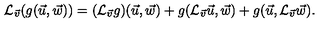
{ \cal L } _ { \vec { v } } ( g ( \vec { u } , \vec { w } ) ) = ( { \cal L } _ { \vec { v } } g ) ( \vec { u } , \vec { w } ) + g ( { \cal L } _ { \vec { v } } \vec { u } , \vec { w } ) + g ( \vec { u } , { \cal L } _ { \vec { v } } \vec { w } ) .